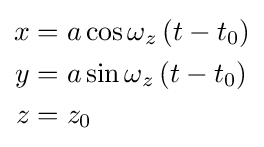
\scriptstyle {\begin{aligned}x&=a\cos \omega _{z}\left(t-t_{0}\right)\\y&=a\sin \omega _{z}\left(t-t_{0}\right)\\z&=z_{0}\end{aligned}}